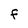
Character: F